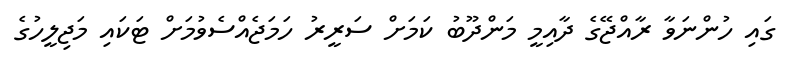
ގައި ހުންނަވާ ރާއްޖޭގެ ދާއިމީ މަންދޫބު ކަމަށް ސަރީރު ހަމަޖެއްސެވުމަށް ޓަކައި މަޖިލީހުގެ